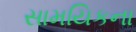
સામયિકના